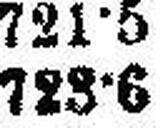
723•6